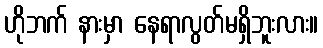
ဟိုဘက် နားမှာ နေရာလွတ်မရှိဘူးလား။